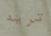
تريد